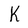
Character: K